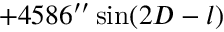
+ 4 5 8 6 ^ { \prime \prime } \sin ( 2 D - l )